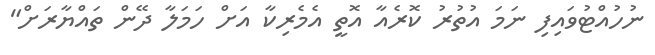
ނުހުއްޓުވައިފި ނަމަ އުތުރު ކޮރެއާ އޮތީ އެެމެރިކާ އަށް ހަމަލާ ދޭން ތައްޔާރަށް"